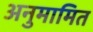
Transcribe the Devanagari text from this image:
अनुमामित